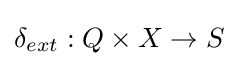
\delta _{ext}:Q\times X\rightarrow S